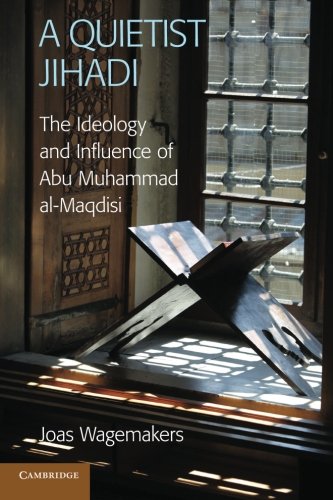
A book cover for A Quietist Jihadi: The Ideology and Influence of Abu Muhammad al-Maqdisi; Dr Joas Wagemakers; Religion & Spirituality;